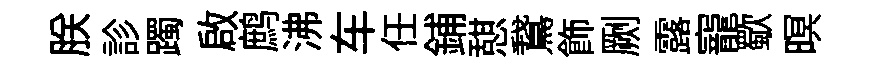
朕診躅啟鹧沸车任鋪憇鵞飾劂露寵歜暝